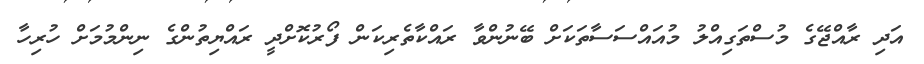
އަދި ރާއްޖޭގެ މުސްތަގިއްލު މުއައްސަސާތަކަށް ބޭނުންވާ ރައްކާތެރިކަން ފޯރުކޮށްދީ ރައްޔިތުންގެ ނިންމުމަށް ހުރިހާ